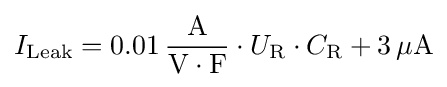
I_{\mathrm {Leak} }=0{.}01\,\mathrm {{A} \over {V\cdot F}} \cdot U_{\mathrm {R} }\cdot C_{\mathrm {R} }+3\,\mathrm {\mu A}